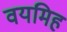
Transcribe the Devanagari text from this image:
वयमिह